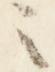
之